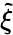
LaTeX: \tilde{\xi}